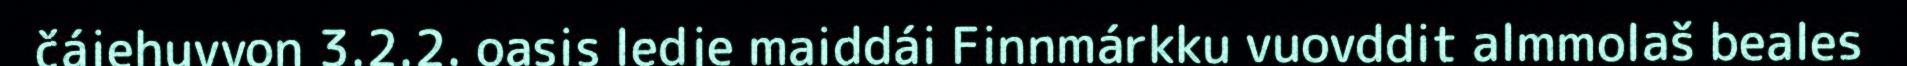
čájehuvvon 3.2.2. oasis ledje maiddái Finnmárkku vuovddit almmolaš beales